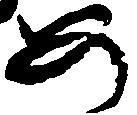
め